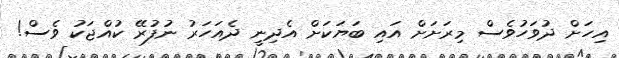
އިހަށް ދުވަހުވެސް މިރަށަށް އައި ބަޔަކަށް އެދިނީ ދެއަހަރު ނުފުރޭ ކުއްޖަކު ވެސް!